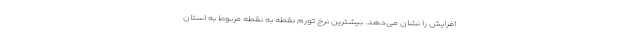
افزایش را نشان می‌دهد. بیشترین نرخ تورم نقطه به نقطه مربوط به استان